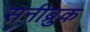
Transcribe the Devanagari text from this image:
सनीब्रुक